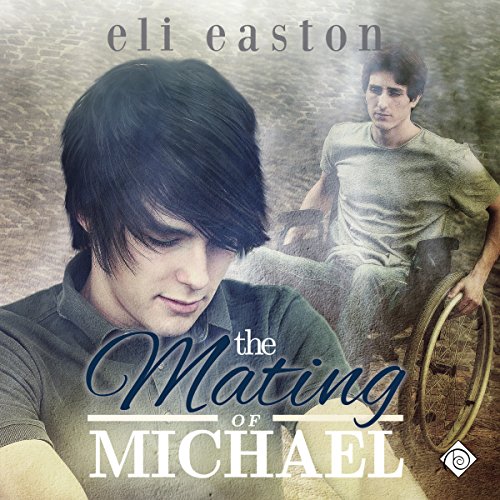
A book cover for The Mating of Michael; Eli Easton; Romance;